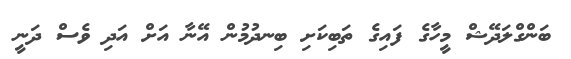
ބަންގްލަދޭޝް މީހާގެ ފައިގެ ތަބިކަށި ބިނދުމުން އޭނާ އަށް އަދި ވެސް ދަނީ